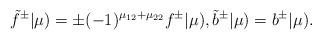
LaTeX: \begin{align*}\tilde f^\pm |\mu) = \pm (-1)^{\mu_{12}+\mu_{22}} f^\pm |\mu), \tilde b^\pm |\mu) = b^\pm |\mu).\end{align*}